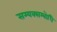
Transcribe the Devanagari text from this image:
सम्यक्सम्बोधि